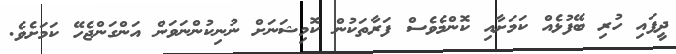
ދީފައި ހުރި ބޭފުޅެއް ކަމަށާއި ކޮންމެވެސް ފަރާތަކުން ކޮމިޝަނަށް ނުނިކުންނަވަން އަންގަންޖެހޭ ކަމަށެވެ.